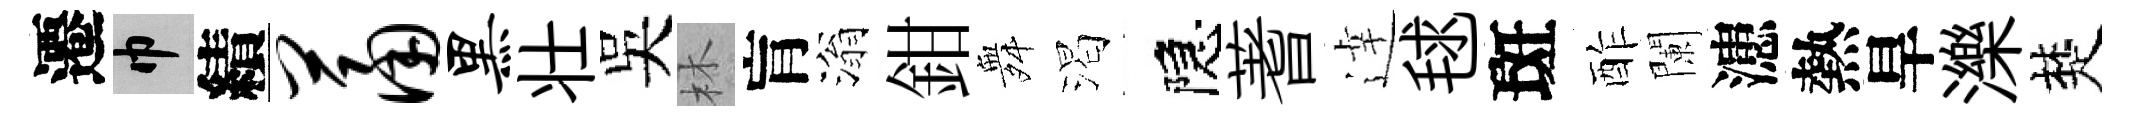
遷巾績萧黑壮吴林肓滃鉗舞渴隠蓍逹毬斑酢闌漶熱旱濼楚